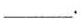
___.